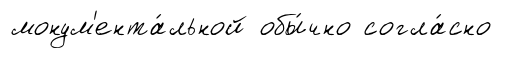
монум'ента́льной обы́чно согла́сно